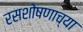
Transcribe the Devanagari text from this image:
रसशोषणाच्या